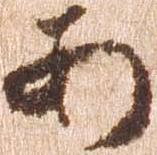
あ